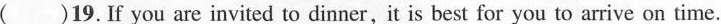
()19.If you are invited to dinner,it is best for you to arrive on time.